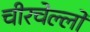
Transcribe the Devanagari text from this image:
चीरचेल्लो